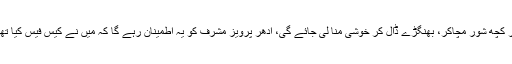
اگر عدالت نے غیر موجودگی میں سزا سنا دی تو اس سزا پر کچھ شور مچاکر، بھنگڑے ڈال کر خوشی منا لی جائے گی، ادھر پرویز مشرف کو یہ اطمینان رہے گا کہ میں نے کیس فیس کیا تھا ، پیچھے نہیں ہٹا اور بیماری کی بنیاد پر مجبوراً باہر آیا ۔